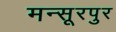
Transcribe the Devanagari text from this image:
मन्सूरपुर